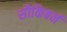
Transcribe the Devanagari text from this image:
सौकिबर्न